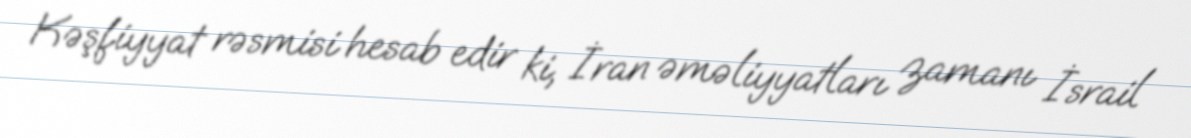
Kəşfiyyat rəsmisi hesab edir ki, İran əməliyyatları zamanı İsrail